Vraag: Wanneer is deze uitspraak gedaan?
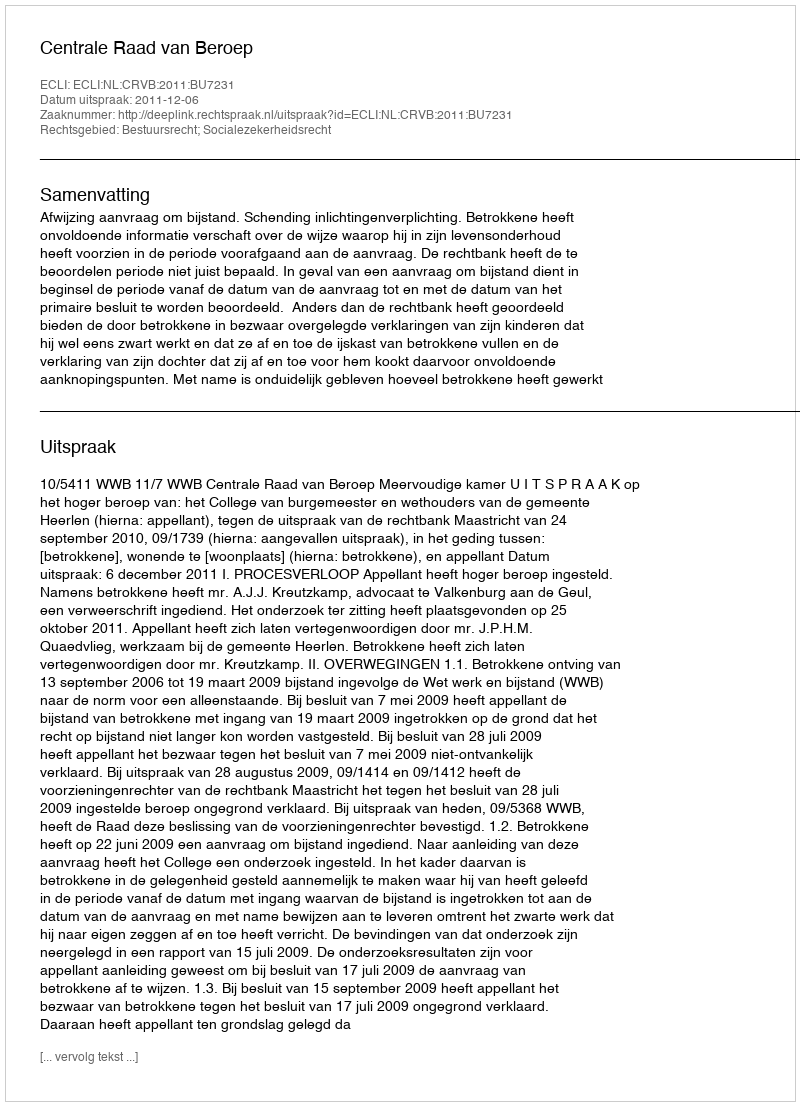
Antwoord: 2011-12-06